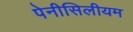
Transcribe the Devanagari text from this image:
पेनीसिलीयम